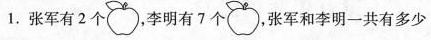
1.张军有2个，李明有7个，张军和李明一共有多少